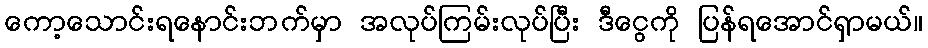
ကော့သောင်းရနောင်းဘက်မှာ အလုပ်ကြမ်းလုပ်ပြီး ဒီငွေကို ပြန်ရအောင်ရှာမယ်။